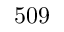
5 0 9